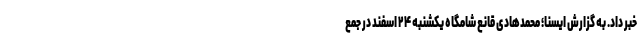
خبر داد. به گزارش ایسنا؛ محمدهادی قانع شامگاه یکشنبه ۲۴ اسفند در جمع